Document type: Emphyteutic lease
Year: 1316
Scribe: Guillem de Vila
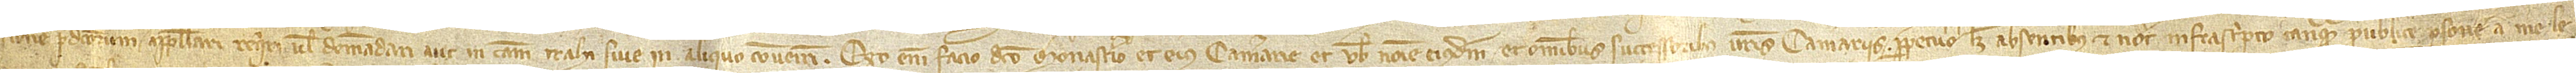
predictorum appellari, requiri vel demandari aut in causam trahi sive in aliquo conveniri, ego enim facio dicto monasterio et eius camerarie et vobis nomine eiusdem et omnibus successoribus vestris camerariis  perpetuo, licet absentibus, et notario infrascripto tanquam publice persone a me le-